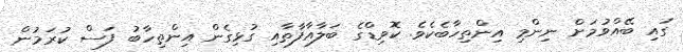
ގައި ބޭއްވުމަށް ނިންމި އިންތިހާބެކެވެ. ކޮވިޑްގެ ބަލާއާފާތާއި ގުޅިގެން އިންތިހާބު ފަސް ކުރަމުން